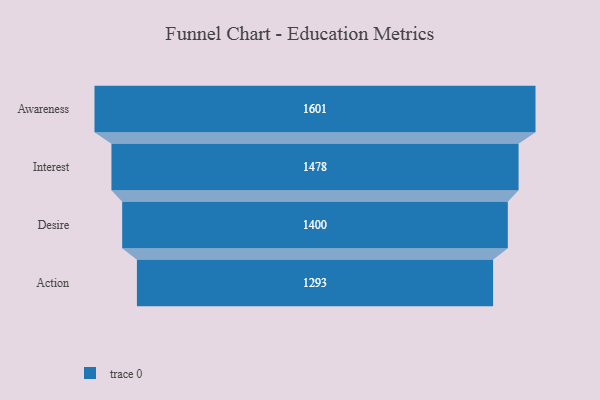
{"axis": {"x": "Stage", "y": "Value"}, "legend": [""], "data": [{"x": "Awareness", "y": 1601.0, "type": ""}, {"x": "Interest", "y": 1478.0, "type": ""}, {"x": "Desire", "y": 1400.0, "type": ""}, {"x": "Action", "y": 1293.0, "type": ""}]}